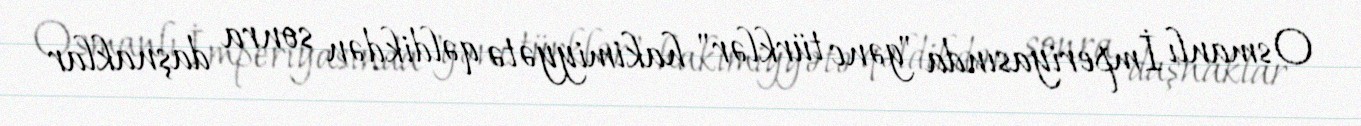
Osmanlı İmperiyasında "gənc türklər" hakimiyyətə qəldikdən sonra daşnaklar